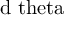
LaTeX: \mathrm { d \ t h e t a }